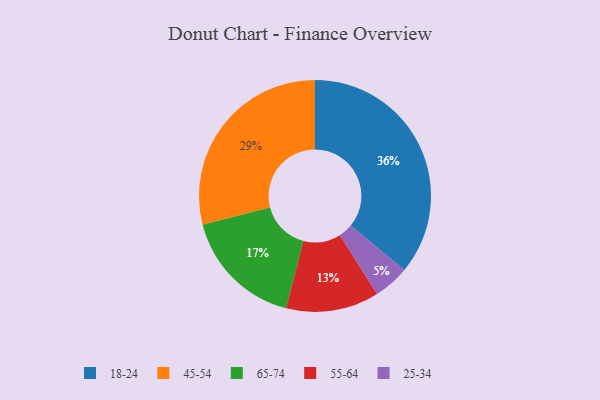
{"axis": {"x": "Category", "y": "Percentage"}, "legend": ["18-24", "25-34", "45-54", "55-64", "65-74"], "data": [{"x": "18-24", "y": 36, "type": "18-24"}, {"x": "45-54", "y": 29, "type": "45-54"}, {"x": "65-74", "y": 17, "type": "65-74"}, {"x": "25-34", "y": 5, "type": "25-34"}, {"x": "55-64", "y": 13, "type": "55-64"}]}